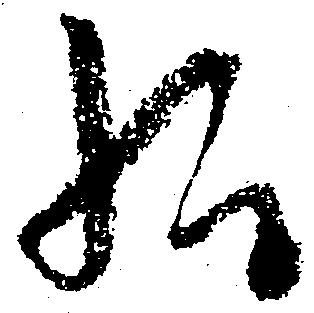
給